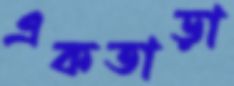
একতাড়া